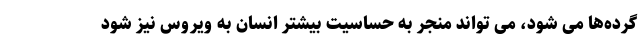
گرده‌ها می شود، می تواند منجر به حساسیت بیشتر انسان به ویروس نیز شود